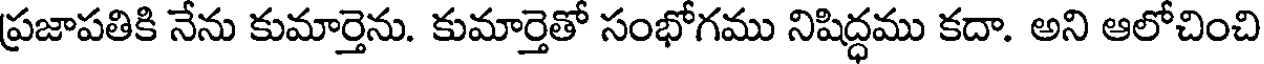
ప్రజాపతికి నేను కుమార్తెను. కుమార్తెతో సంభోగము నిషిద్ధము కదా. అని ఆలోచించి